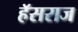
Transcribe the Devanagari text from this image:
हॅसराज